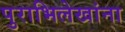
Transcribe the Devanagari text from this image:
पुराभिलेखांना